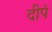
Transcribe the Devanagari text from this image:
दीपं